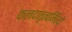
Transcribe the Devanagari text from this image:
फलदातृत्वमित्ये